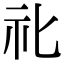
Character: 𥘇